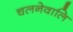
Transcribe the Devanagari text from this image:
चलनेवालि